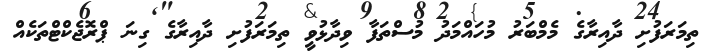
ތިމަރަފުށި ދާއިރާގެ މެމްބަރު މުހައްމަދު މުސްތަފާ ވިދާޅުވީ ތިމަރަފުށި ދާއިރާގެ ގިނަ ޕްރޮޖެކްޓްތަކެއް